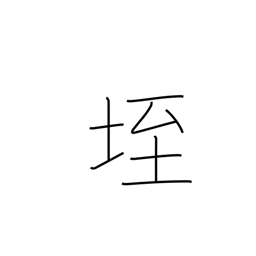
Meaning: anthill